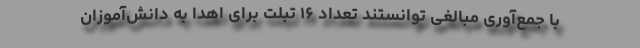
با جمع‌آوری مبالغی توانستند تعداد ۱۶ تبلت برای اهدا به دانش‌آموزان